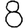
Digit: 8